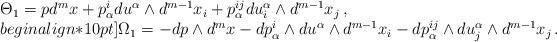
LaTeX: \begin{align*}\begin{array}{l}\Theta_{1} = pd^mx + p^i_\alpha d u^\alpha \wedge d^{m-1}x_i +p^{ij}_\alpha d u_i^\alpha \wedge d^{m-1}x_j \, , \\begin{align*}10pt]\Omega_{1} = -d p \wedge d^mx - d p^i_\alpha \wedge d u^\alpha \wedge d^{m-1}x_i -d p^{ij}_\alpha \wedge d u_j^\alpha \wedge d^{m-1}x_j \, .\end{array}\end{align*}